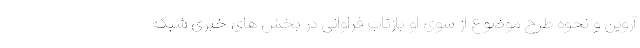
آروین و نحوه طرح موضوع از سوی او بازتاب فراوانی در بخش های خبری شبکه